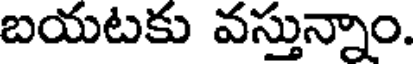
బయటకు వస్తున్నాం.